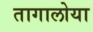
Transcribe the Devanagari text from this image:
तागालोया